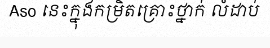
Aso នេះក្នុងកម្រិតគ្រោះថ្នាក់ លំដាប់